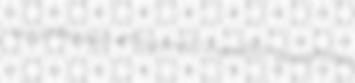
unhoodwinked unbosomed unemitted genophobia